Dysentery and liver abscess in Bombay - Number 47
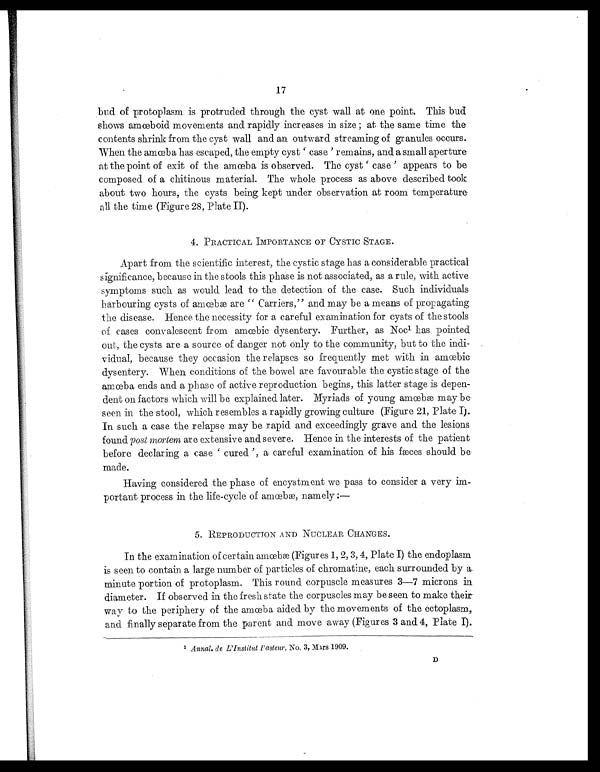
17
bud of protoplasm is protruded through the cyst wall at one point. This bud
shows amœboid movements and rapidly increases in size ; at the same time the
contents shrink from the cyst wall and an outward streaming of granules occurs.
W h e n t h e a m œ b a h a s e s c a p e d , t h e e m p t y c y s t ' c a s e ' r e m a i n s , a n d a s m a l l a p e r t u r e
at t he poi nt of exi t of t he amœba i s obser ved. The cyst ' case ' appear s t o be
composed of a chitinous material. The whole process as above described took
about two hours, the cysts being kept under observation at room temperature.
all the time (Figure 28, Plate II).
4. PRACTICAL IMPORTANCE OF CYSTIC STAGE.
Apart from the scientific interest, the cystic stage has a considerable practical
significance, because in the stools this phase is not associated, as a rule, with active
symptoms such as would lead to the detection of the case. Such individuals
h a r b o u r i n g c y s t s o f a mœb æ a r e " Ca r r i e r s , " a n d ma y b e a me a n s o f p r o p a g a t i n g
the disease. Hence the necessity for a careful examination for cysts of the stools
of cases conval escent f r om amœbi c dysent er y. Fur t her , as Noc 1 h a s p o i n t e d
out, the cysts are a source of danger not only to the community, but to the indi
- v i d u a l , b e c a u s e t h e y o c c a s i o n t h e r e l a p s e s s o f r e q u e n t l y m e t w i t h i n a m œ b i c
dysentery. When conditions of the bowel are favourable the cystic stage of the
amœba ends and a phase of active reproduction begins, this latter stage is depen
- d e n t o n f a c t o r s w h i c h w i l l b e e x p l a i n e d l a t e r . M y r i a d s o f y o u n g a m œ b æ m a y b e
seen in the stool, which resembles a rapidly growing culture (Figure 21, Plate I).
In such a case the relapse may be rapid and exceedingly grave and the lesions
found post mor t ema r e e x t e n s i v e a n d s e v e r e . H e n c e i n t h e i n t e r e s t s o f t h e p a t i e n t
bef or e decl ar i ng a case ' cur ed " a car ef ul exami nat i on of hi s f æces shoul d be
made.
Having considered the phase of encystment we pass to consider a very im
-portant process i n the l i fe-cycl e of amœbæ namel y :—
5. REPRODUCTION AND NUCLEAR CHANGES.
I n t he exami nat i on of cer t ai n amœbæ ( Fi gur es 1, 2, 3, 4, Pl at e I ) t he endopl asm
is seen to contain a large number of particles of chromatine, each surrounded by a
minute portion of protoplasm. This round corpuscle measures 3—7 microns in
diameter. If observed in the fresh state the corpuscles may be seen to make their
way t o t he per i pher y of t he amœba ai ded by t he movement s of t he ect opl asm,
and finally separate from the parent and move away (Figures 3 and 4, Plate I).
1A
n n a l , d e L ' I n s t i t u t P a s t e u r
. N o . 3 , M a r s 1 9 0 9 .